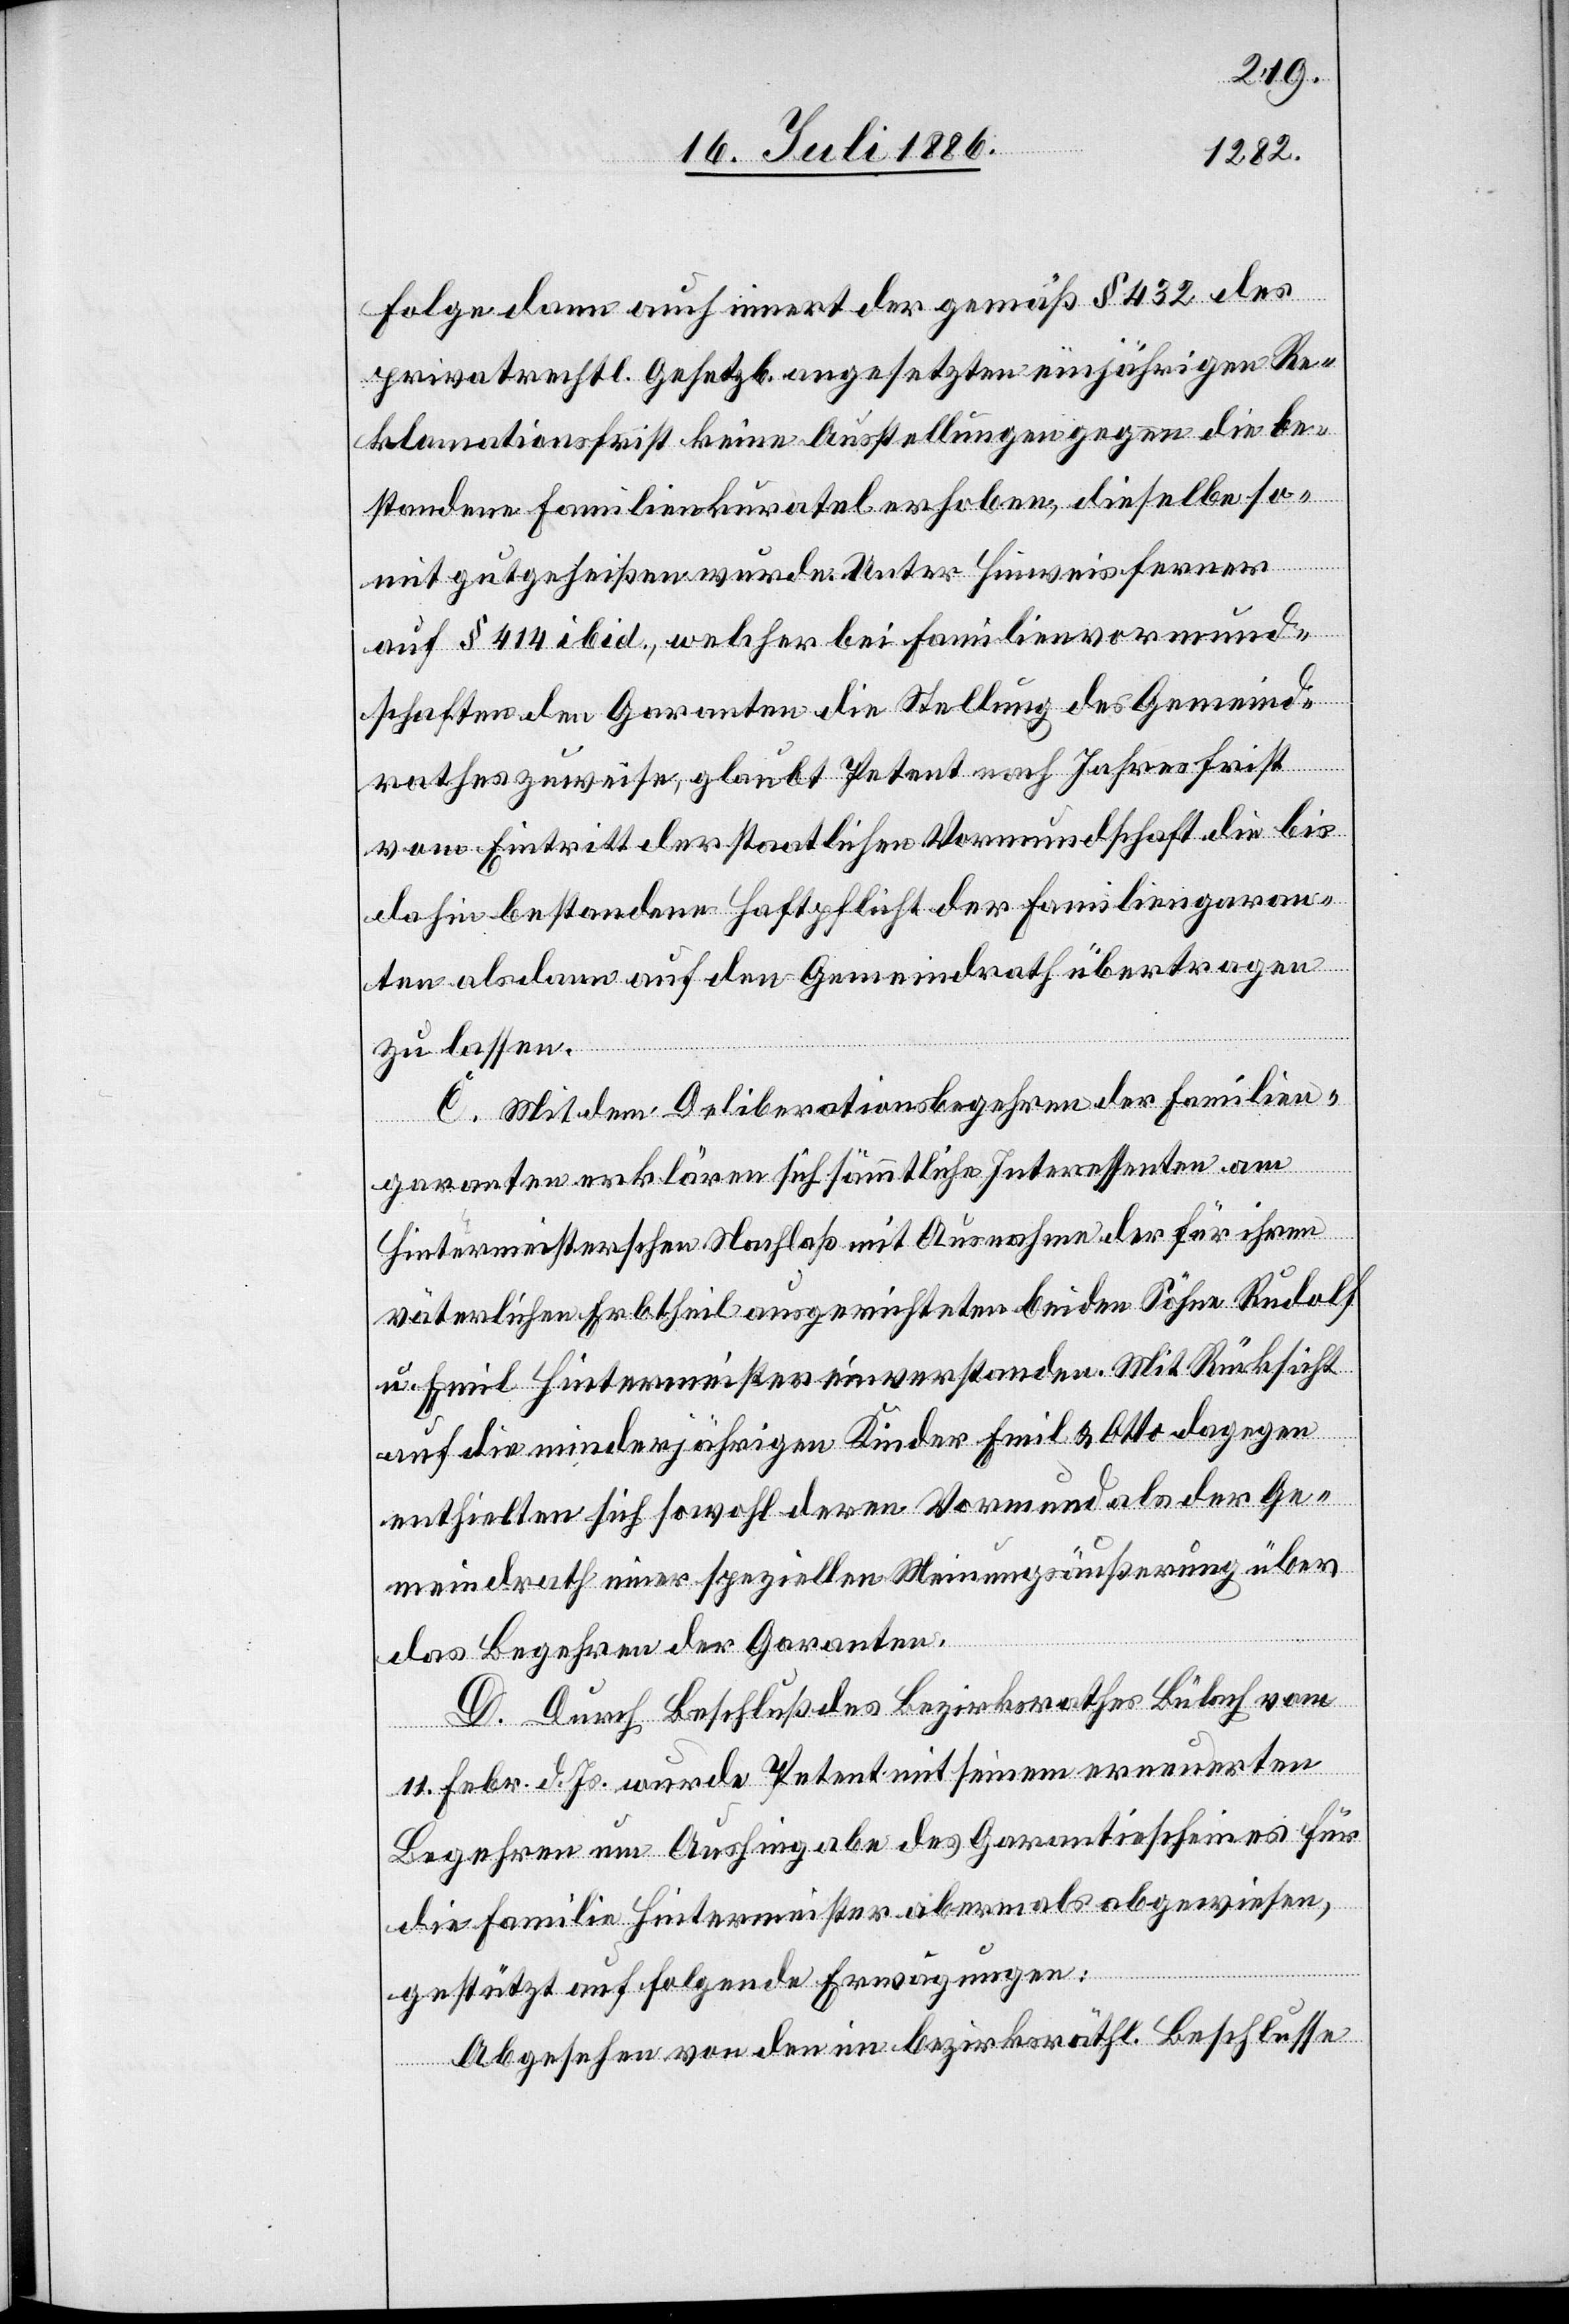
Folge dann auch innert der gemäß § 432 des
privatrechtl. Gesetzbuches angesetzten einjährigen Re¬
klamationsfirst keine Ausstellungen gegen die be¬
standenen Familienkuratel erhoben, dieselbe so¬
mit gutgeheißen wurde. Unter Hinweis ferner
auf § 414 ibid., welcher bei Familienvormund¬
schaften den Garanten die Stellung des Gemeind¬
rathes zuweise, glaubt Petent nach Jahresfrist
vom Eintritt der staatlichen Vormundschaft die bis
dahin bestandene Haftpflicht der Familiengaran¬
ten als dann auf den Gemeindrath übertragen
zu lassen.
C. Mit dem Deliberationsbegehren der Familien¬
garanten erklären sich sämmtliche Interessenten am
Hintermeisterschen Nachlaß mit Ausnahme der für ihren
väterlichen Erbtheil ausgerichteten beiden Söhne Rudolf
u. Emil Hintermeister einverstanden. Mit Rücksicht
auf die minderjährigen Kinder Emil & Otto dagegen
enthielten sich sowohl deren Vormund als der Ge¬
meindrath einer speziellen Meinungsäußerung über
das Begehren der Garanten.
D. Durch Beschluß des Bezirksrathes Bülach vom
11. Febr. d. Js. wurde Petent mit seinem erneuerten
Begehren um Aushingabe des Garantiescheines für
die Familie Hintermeister abermals abgewiesen,
gestützt auf folgende Erwägungen:
Abgesehen von den im bezirksräthl. Beschlusse